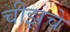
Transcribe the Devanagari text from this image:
चीझचे